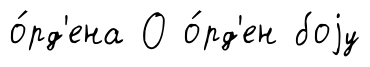
о́рд'ена О о́рд'ен боjу